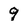
Character: 9